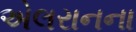
એલરાનના